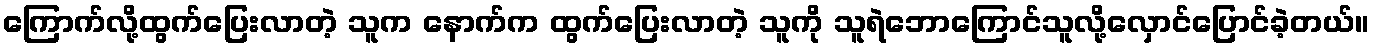
ကြောက်လို့ထွက်ပြေးလာတဲ့ သူက နောက်က ထွက်ပြေးလာတဲ့ သူကို သူရဲဘောကြောင်သူလို့လှောင်ပြောင်ခဲ့တယ်။